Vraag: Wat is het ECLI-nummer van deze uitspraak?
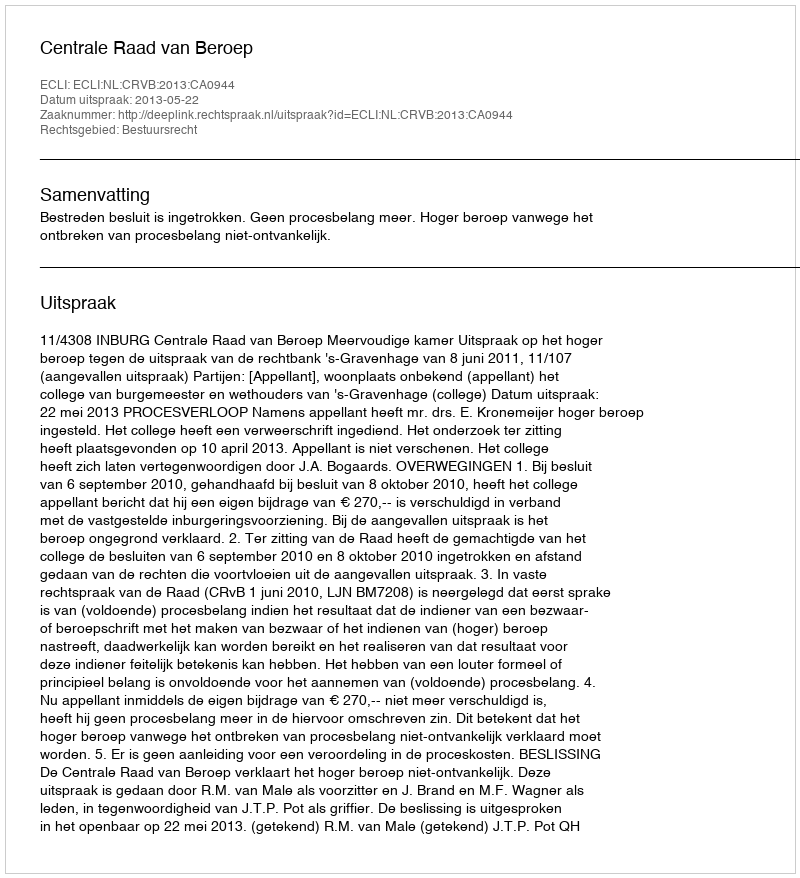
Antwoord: ECLI:NL:CRVB:2013:CA0944